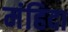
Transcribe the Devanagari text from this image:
मंहिदा